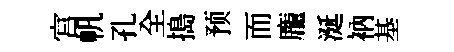
宫帆孔全搗预而龐涎衲基